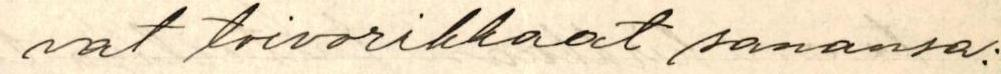
vat toivorikkaat sanansa: